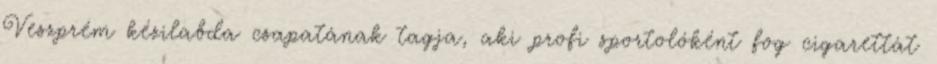
Veszprém kézilabda csapatának tagja, aki profi sportolóként fog cigarettát